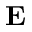
\textbf { E }